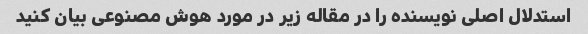
استدلال اصلی نویسنده را در مقاله زیر در مورد هوش مصنوعی بیان کنید